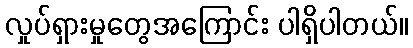
လှုပ်ရှားမှုတွေအကြောင်း ပါရှိပါတယ်။